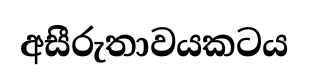
අසීරුතාවයකටය